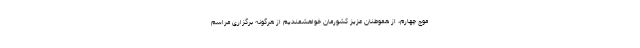
موج چهارم، از هموطنان عزیز کشورمان خواهشمندیم از هرگونه برگزاری مراسم